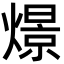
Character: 燝